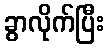
ခွာလိုက်ပြီး